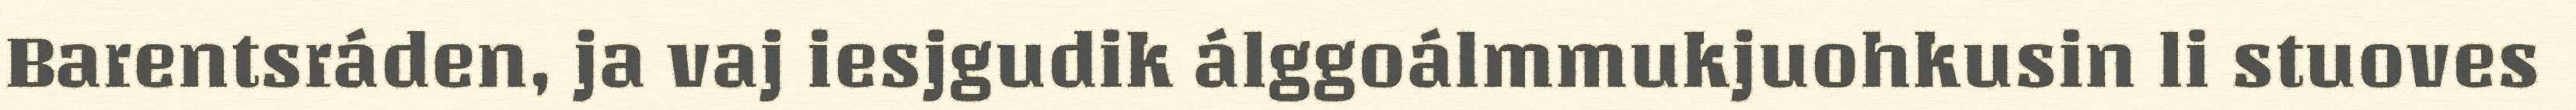
Barentsráden, ja vaj iesjgudik álggoálmmukjuohkusin li stuoves